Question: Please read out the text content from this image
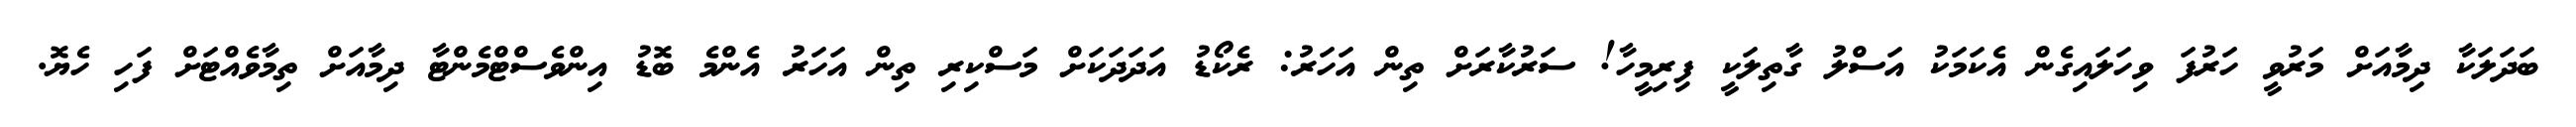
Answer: ބަދަލަކާ ދިމާއަށް މަރުވީ ހަރުފަ ވިހަލައިގެން އެކަމަކު އަސްލު ގާތިލަކީ ފިރިމީހާ! ސަރުކާރަށް ތިން އަހަރު: ރެކޯޑު އަދަދަކަށް މަސްކިރި ތިން އަހަރު އެންމެ ބޮޑު އިންވެސްޓްމެންޓާ ދިމާއަށް ތިމާވެއްޓަށް ފަހި ހެޔޮ.